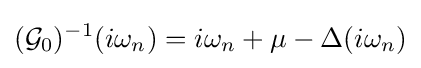
({\mathcal {G}}_{0})^{-1}(i\omega _{n})=i\omega _{n}+\mu -\Delta (i\omega _{n})